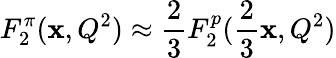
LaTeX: F_{2}^{\pi}(\mathbf{x},Q^{2})\approx\frac{{2}}{{3}}F_{2}^{p}(\frac{{2}}{{3}}\mathbf{x},Q^{2})